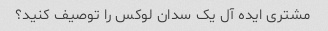
مشتری ایده آل یک سدان لوکس را توصیف کنید؟